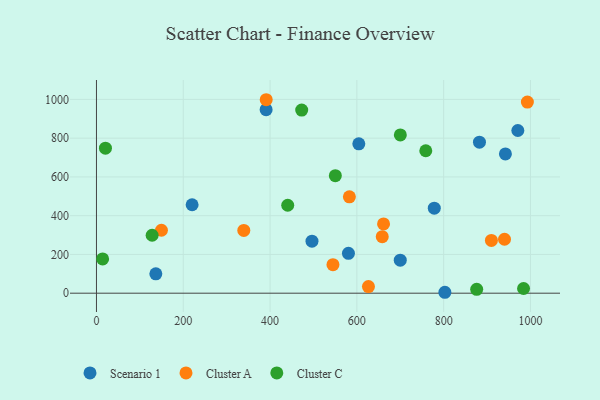
{"axis": {"x": "Investment", "y": "Fuel Efficiency"}, "legend": ["Cluster A", "Cluster C", "Scenario 1"], "data": [{"x": "882.5", "y": 779.3, "type": "Scenario 1"}, {"x": "604.5", "y": 770.6, "type": "Scenario 1"}, {"x": "220.4", "y": 456.3, "type": "Scenario 1"}, {"x": "970.9", "y": 839.5, "type": "Scenario 1"}, {"x": "390.9", "y": 947.0, "type": "Scenario 1"}, {"x": "802.8", "y": 4.7, "type": "Scenario 1"}, {"x": "778.4", "y": 438.8, "type": "Scenario 1"}, {"x": "580.6", "y": 205.5, "type": "Scenario 1"}, {"x": "942.3", "y": 718.5, "type": "Scenario 1"}, {"x": "136.8", "y": 99.9, "type": "Scenario 1"}, {"x": "496.6", "y": 268.5, "type": "Scenario 1"}, {"x": "700.0", "y": 170.4, "type": "Scenario 1"}, {"x": "149.7", "y": 324.7, "type": "Cluster A"}, {"x": "661.5", "y": 357.3, "type": "Cluster A"}, {"x": "582.8", "y": 497.3, "type": "Cluster A"}, {"x": "940.2", "y": 278.4, "type": "Cluster A"}, {"x": "391.1", "y": 998.4, "type": "Cluster A"}, {"x": "626.7", "y": 34.2, "type": "Cluster A"}, {"x": "544.9", "y": 147.0, "type": "Cluster A"}, {"x": "910.0", "y": 272.4, "type": "Cluster A"}, {"x": "992.9", "y": 986.1, "type": "Cluster A"}, {"x": "339.5", "y": 324.1, "type": "Cluster A"}, {"x": "658.5", "y": 291.7, "type": "Cluster A"}, {"x": "440.7", "y": 453.9, "type": "Cluster C"}, {"x": "128.3", "y": 298.9, "type": "Cluster C"}, {"x": "984.1", "y": 24.3, "type": "Cluster C"}, {"x": "700.2", "y": 817.0, "type": "Cluster C"}, {"x": "550.4", "y": 606.2, "type": "Cluster C"}, {"x": "14.2", "y": 176.7, "type": "Cluster C"}, {"x": "20.7", "y": 748.2, "type": "Cluster C"}, {"x": "758.8", "y": 735.0, "type": "Cluster C"}, {"x": "472.9", "y": 945.2, "type": "Cluster C"}, {"x": "876.1", "y": 20.0, "type": "Cluster C"}]}